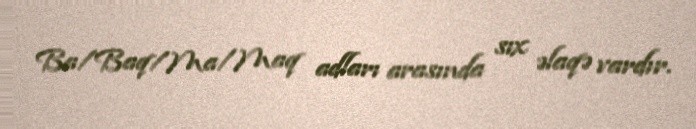
Ba/Baq/Ma/Maq adları arasında sıx əlaqə vardır.